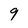
Character: 9